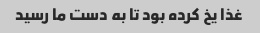
غذا یخ کرده بود تا به دست ما رسید